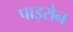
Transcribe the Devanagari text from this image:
पाइरोन